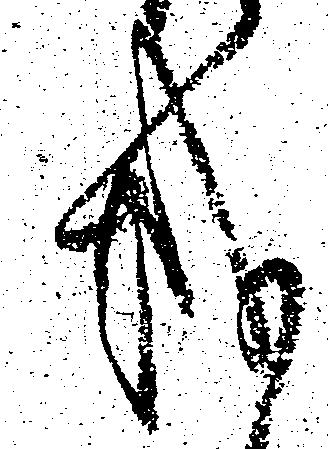
越